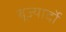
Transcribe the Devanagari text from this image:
बूज्यार्दो